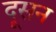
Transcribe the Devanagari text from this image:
दूसन